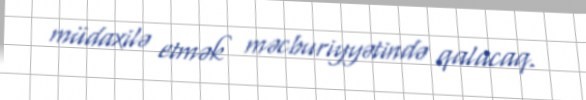
müdaxilə etmək məcburiyyətində qalacaq.